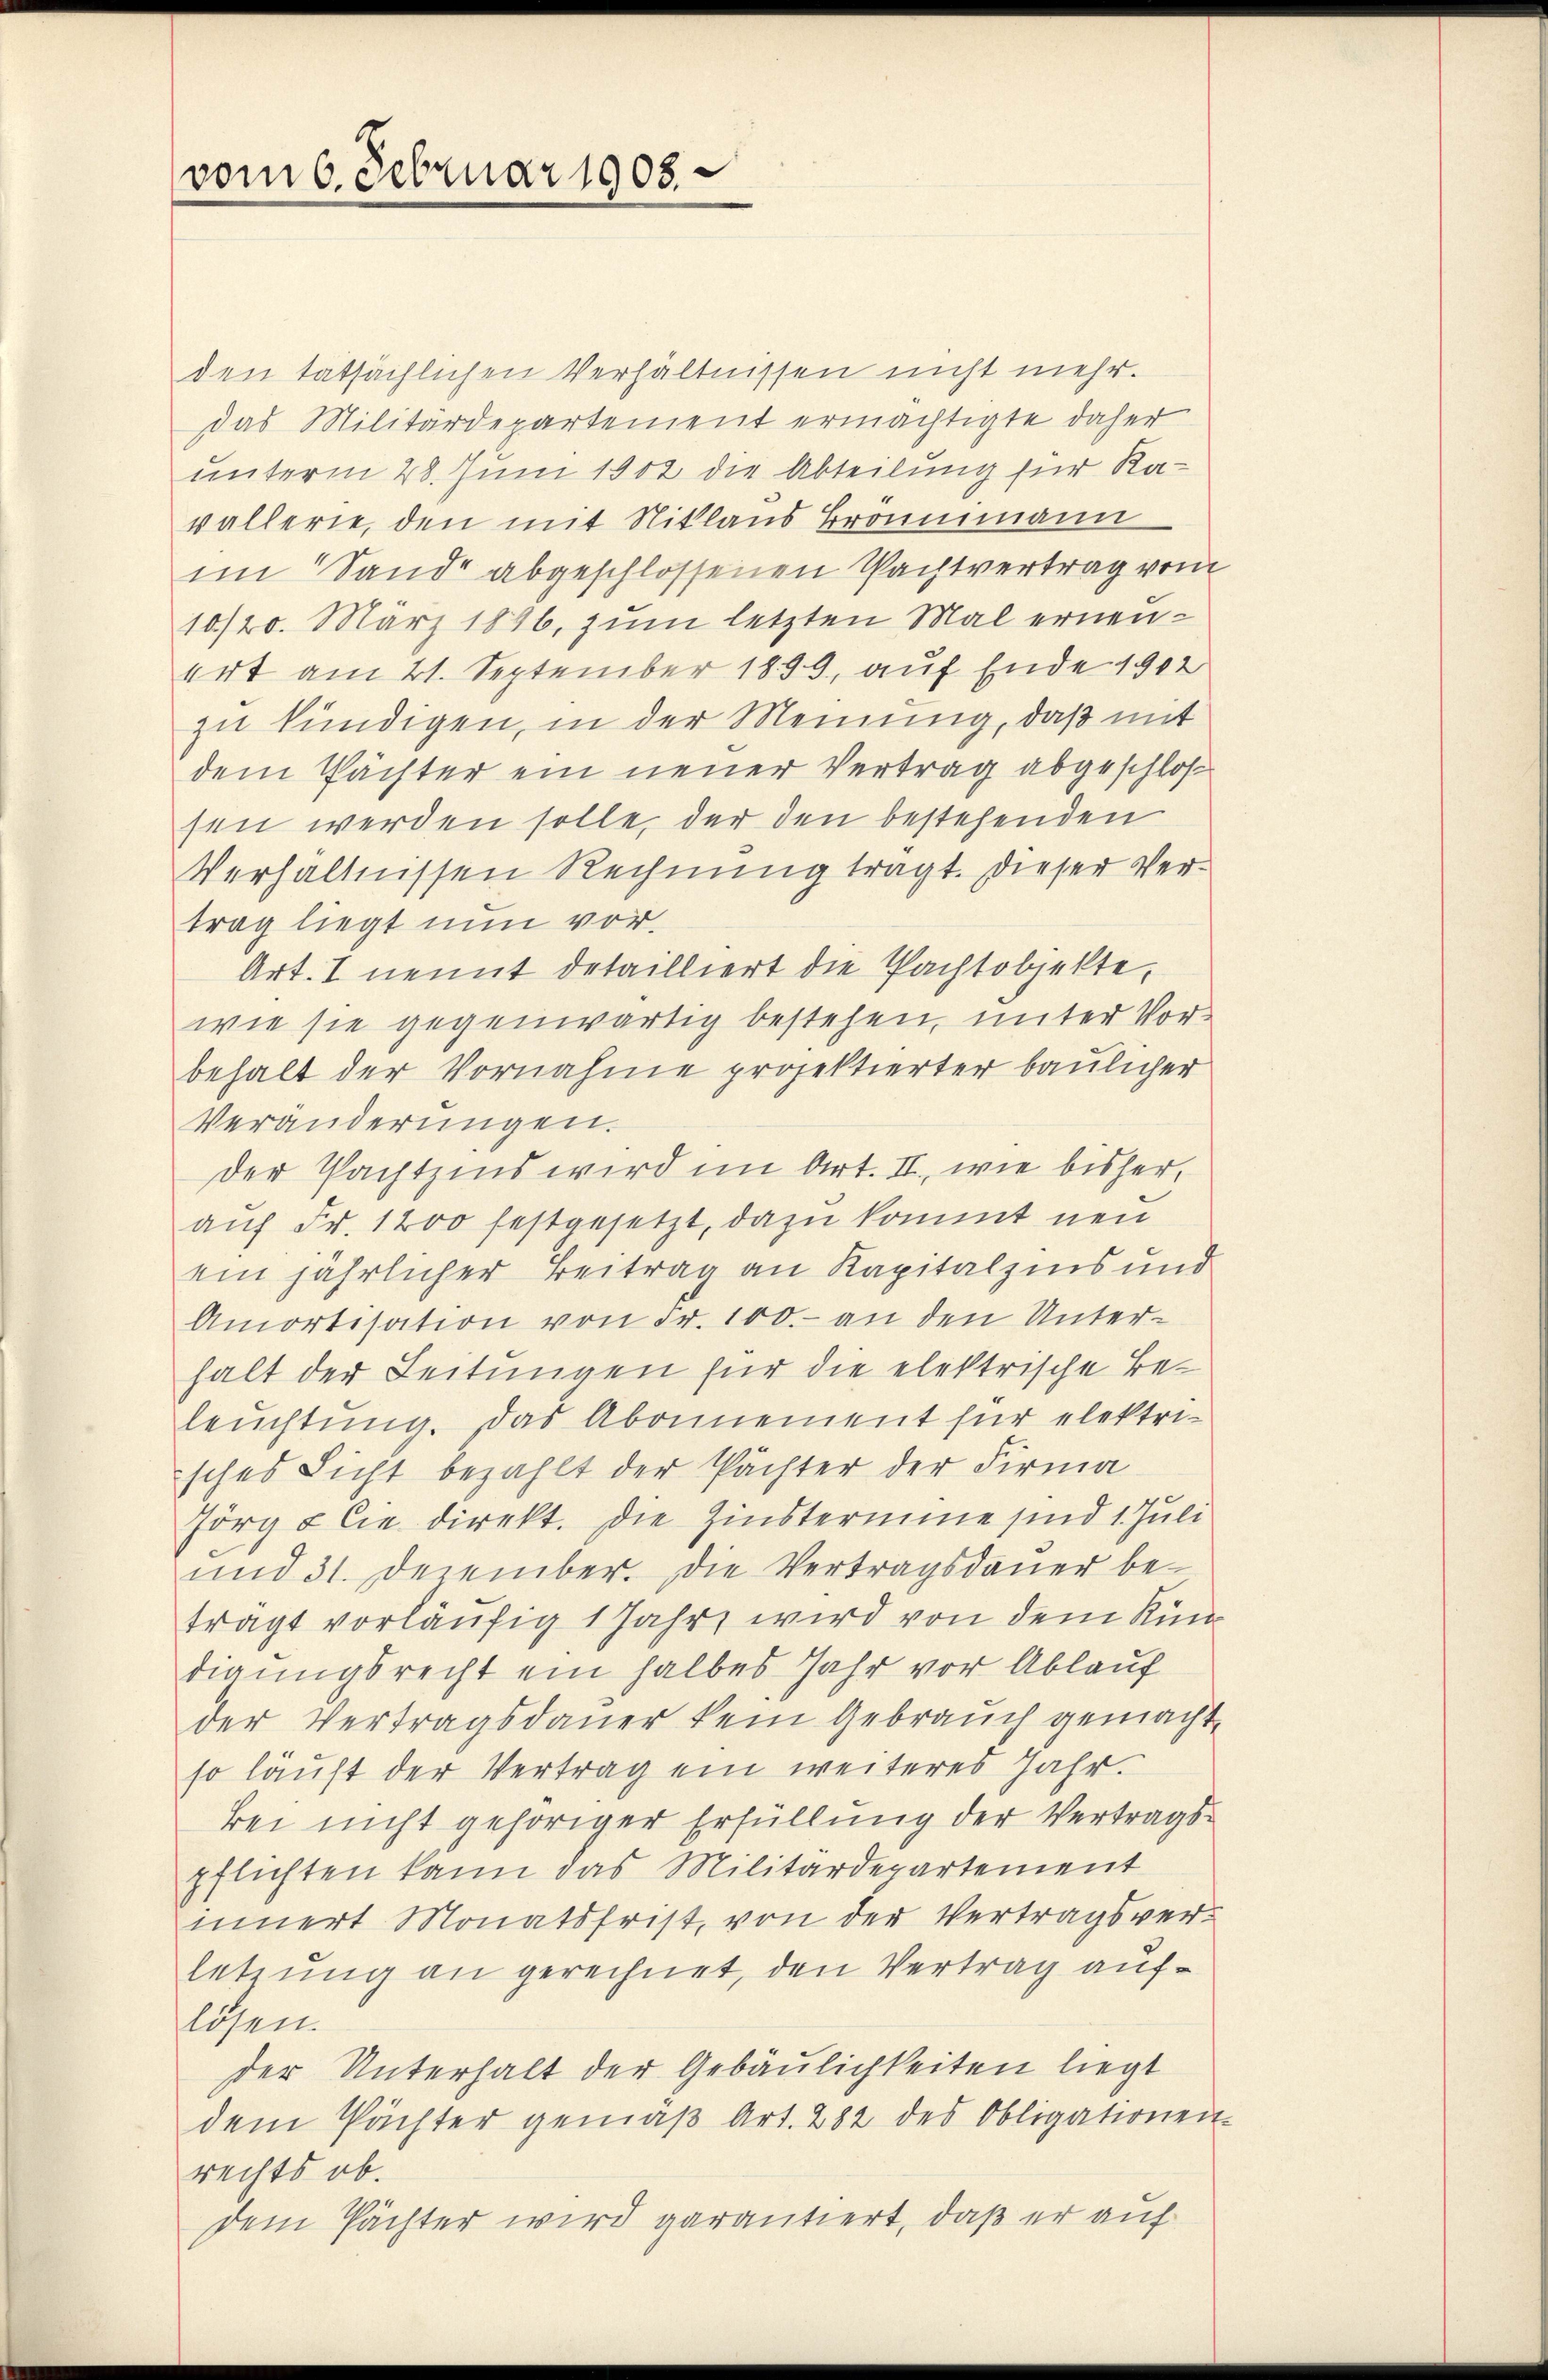
vom 6. Februar 1908

den tatsächlichen Verhältnissen nicht mehr.
das Militärdepartement ermächtigte daher
unterm 28. Juni 1902 die Abteilung für Kavallerie, den mit Niklaus Branimann
im Sand abgeschlossenen Pachtvertrag vom
10/20. März 1896, zum letzten Mal erneuert am 21. September 1899, auf Ende 1902
zu kündigen, in der Meinung, daß mit
dem Pächter ein neuer Vertrag abgeschloß
sen werden solle, der den bestehenden
Verhältnissen Rechnung tragt. Dieser Vertrag liegt nun vor.
Art. I nennt detailliert die Pachtobjekte,
wie sie gegenwärtig bestehen, unter Vorbehalt der Vornahme projektierter baulicher
Veränderungen.
der Pachtzins wird im Art. II., wie bisher,
auf Fr. 1200 festgesetzt, dazu kommt neu
ein jährlicher Beitrag an Kapitalzins und
Amortisation von Fr. 100.- an den Unterhalt der Leitungen für die elektrische Beleuchtung. Das Abonnement für elektri-
sches Licht bezahlt der Pächter der Firma
Jörg & Cie direkt. Die Zinstermine sind 1. Juli
und 31. December. Die Vertragsdauer be-
trägt vorläufig 1 Jahr, wird von dem Kindigungsrecht ein halbes Jahr vor Ablauf
der Vertragsdauer kein Gebrauch gemacht
so läuft der Vertrag ein weiteres Jahr.
bei nicht gehöriger Erfüllung der Vertragspflichten kann das Militärdepartement
innert Monatsfrist, von der Vertragsverletzung an gerechnet, den Vertrag auflösen.
der Unterhalt der Gebäulichkeiten liegt
dem Pächter gemäβ Art. 282 des Obligationen
rechts ob.
dem Pächter wird garantiert, daß er auf